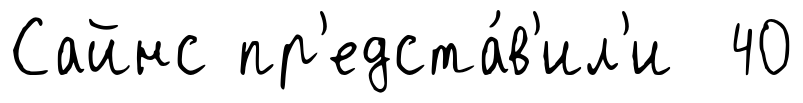
Сайнс пр'едста́в'ил'и 40